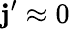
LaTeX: \mathbf{j}^{\prime}\approx0